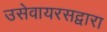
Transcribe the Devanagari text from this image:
उसेवायरसद्वारा